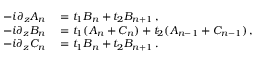
\begin{array} { r l } { - i \partial _ { z } A _ { n } } & { { } = t _ { 1 } B _ { n } + t _ { 2 } B _ { n + 1 } \, , } \\ { - i \partial _ { z } B _ { n } } & { { } = t _ { 1 } ( A _ { n } + C _ { n } ) + t _ { 2 } ( A _ { n - 1 } + C _ { n - 1 } ) \, , } \\ { - i \partial _ { z } C _ { n } } & { { } = t _ { 1 } B _ { n } + t _ { 2 } B _ { n + 1 } \, . } \end{array}